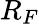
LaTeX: R_{F}